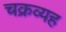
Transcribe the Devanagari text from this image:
चक्रव्यह